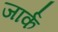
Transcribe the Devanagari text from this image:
जार्क